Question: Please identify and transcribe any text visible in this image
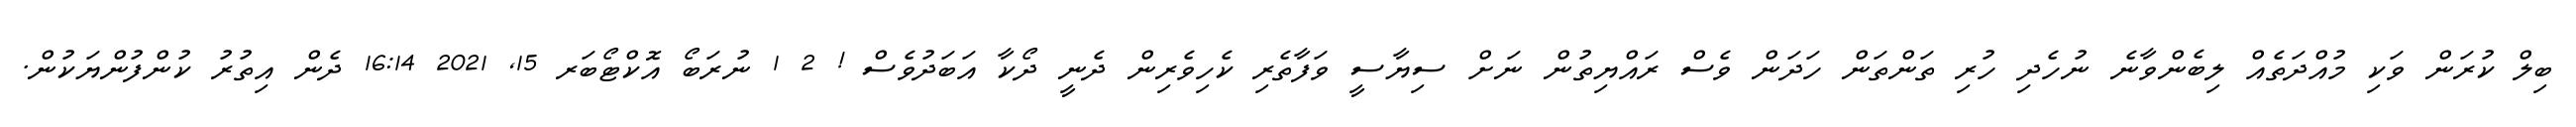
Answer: ބިލް ކުރަން ވަކި މުއްދަތެއް ލިބެންވާނެ ނުހެދި ހުރި ތަންތަން ހަދަން ވެސް ރައްޔިތުން ނަށް ސިޔާސީ ވަފާތެރި ކެހިވެރިން ދެނީ ދޯކާ އަބަދުވެސް ! 2 1 ނުރަބޯ އޮކްޓޯބަރ 15, 2021 16:14 ދެން އިތުރު ކުންފުންޔަކުން.